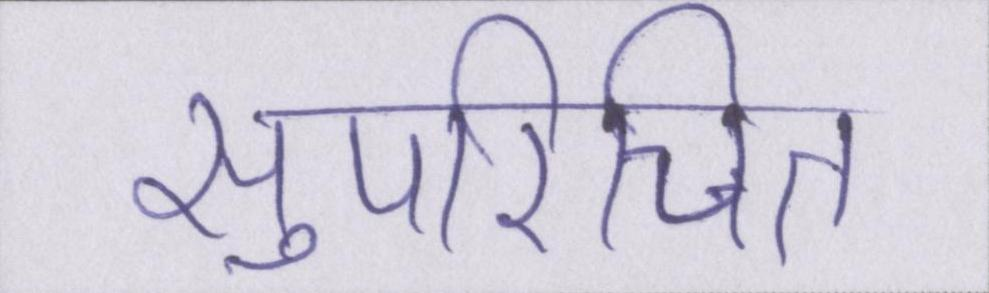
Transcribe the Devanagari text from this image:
सुपरिचित